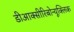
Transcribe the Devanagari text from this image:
डीआक्सीरिबोन्यूक्लिक